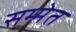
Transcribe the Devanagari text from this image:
सम्मेत